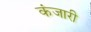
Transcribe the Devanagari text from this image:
कंजारी